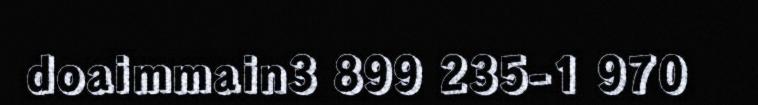
doaimmain3 899 235-1 970